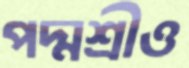
পদ্মশ্রীও